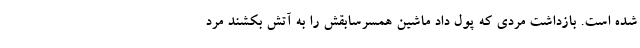
شده است. بازداشت مردی که پول داد ماشین همسرسابقش را به آتش بکشند مرد